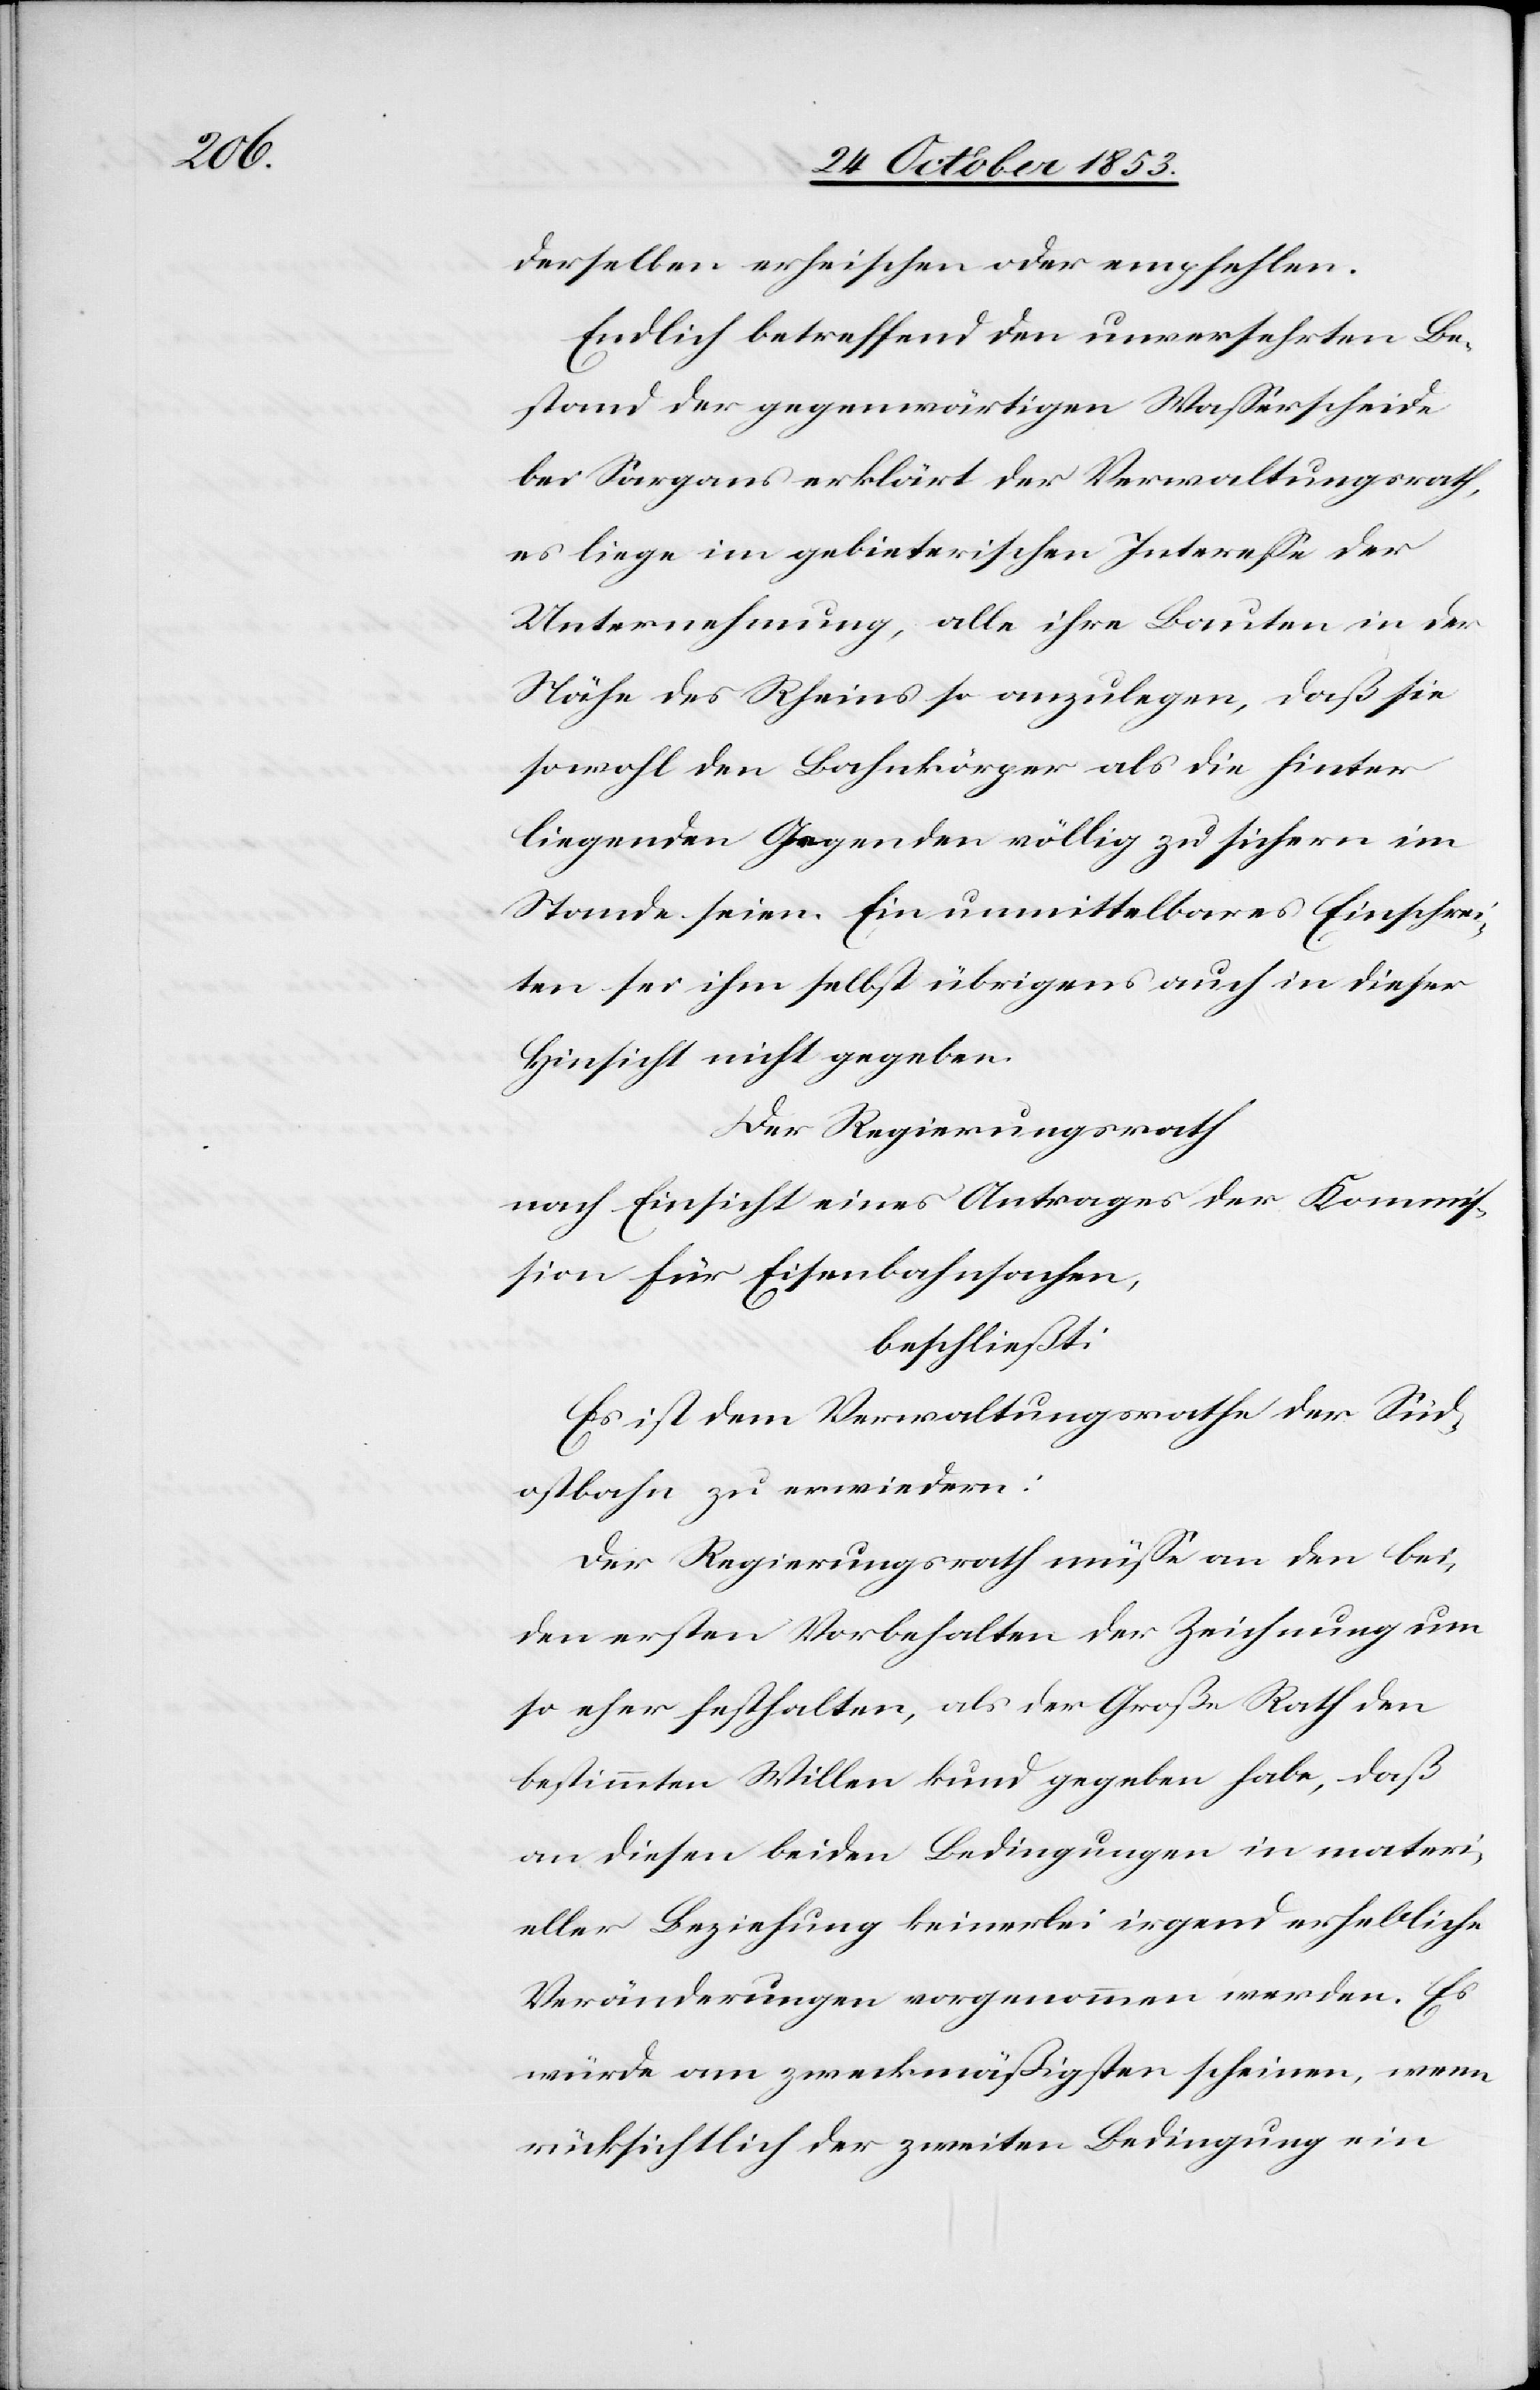
derselben erheischen oder empfehlen.
Endlich betreffend den unversehrten Be¬
stand der gegenwärtigen Waßerscheide
bei Sargans erklärt der Verwaltungsrath,
es liege im gebieterischen Intereße der
Unternehmung, alle ihre Bauten in der
Nähe des Rheins so anzulegen, daß sie
sowohl den Bahnkörper als die hinter
liegenden Gegenden völlig zu sicher im
Stande seien. Ein unmittelbares Einschrei¬
ten sei ihm selbst übrigens auch in dieser
Hinsicht nicht gegeben.
Der Regierungsrath
nach Einsicht eines Antrages der Kommi¬
ßion für Eisenbahnsachen,
beschließt:
Es ist dem Verwaltungsrathe der Süd¬
ostbahn zu erwiedern:
Der Regierungsrath müße an den bei¬
den ersten Vorbehalten der Zeichnung um
so eher festhalten, als der Große Rath den
bestimmten Willen kund gegeben habe, daß
an diesen beiden Bedingungen in materi¬
eller Beziehung keinerlei irgend erhebliche
Veränderungen vorgenommen werden. Es
würde am zweckmäßigsten scheinen, wenn
rücksichtlich der zweiten Bedingung ein